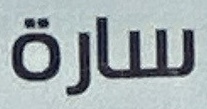
سارة